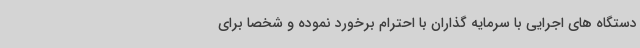
دستگاه های اجرایی با سرمایه گذاران با احترام برخورد نموده و شخصا برای